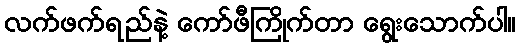
လက်ဖက်ရည်နဲ့ ကော်ဖီကြိုက်တာ ရွေးသောက်ပါ။